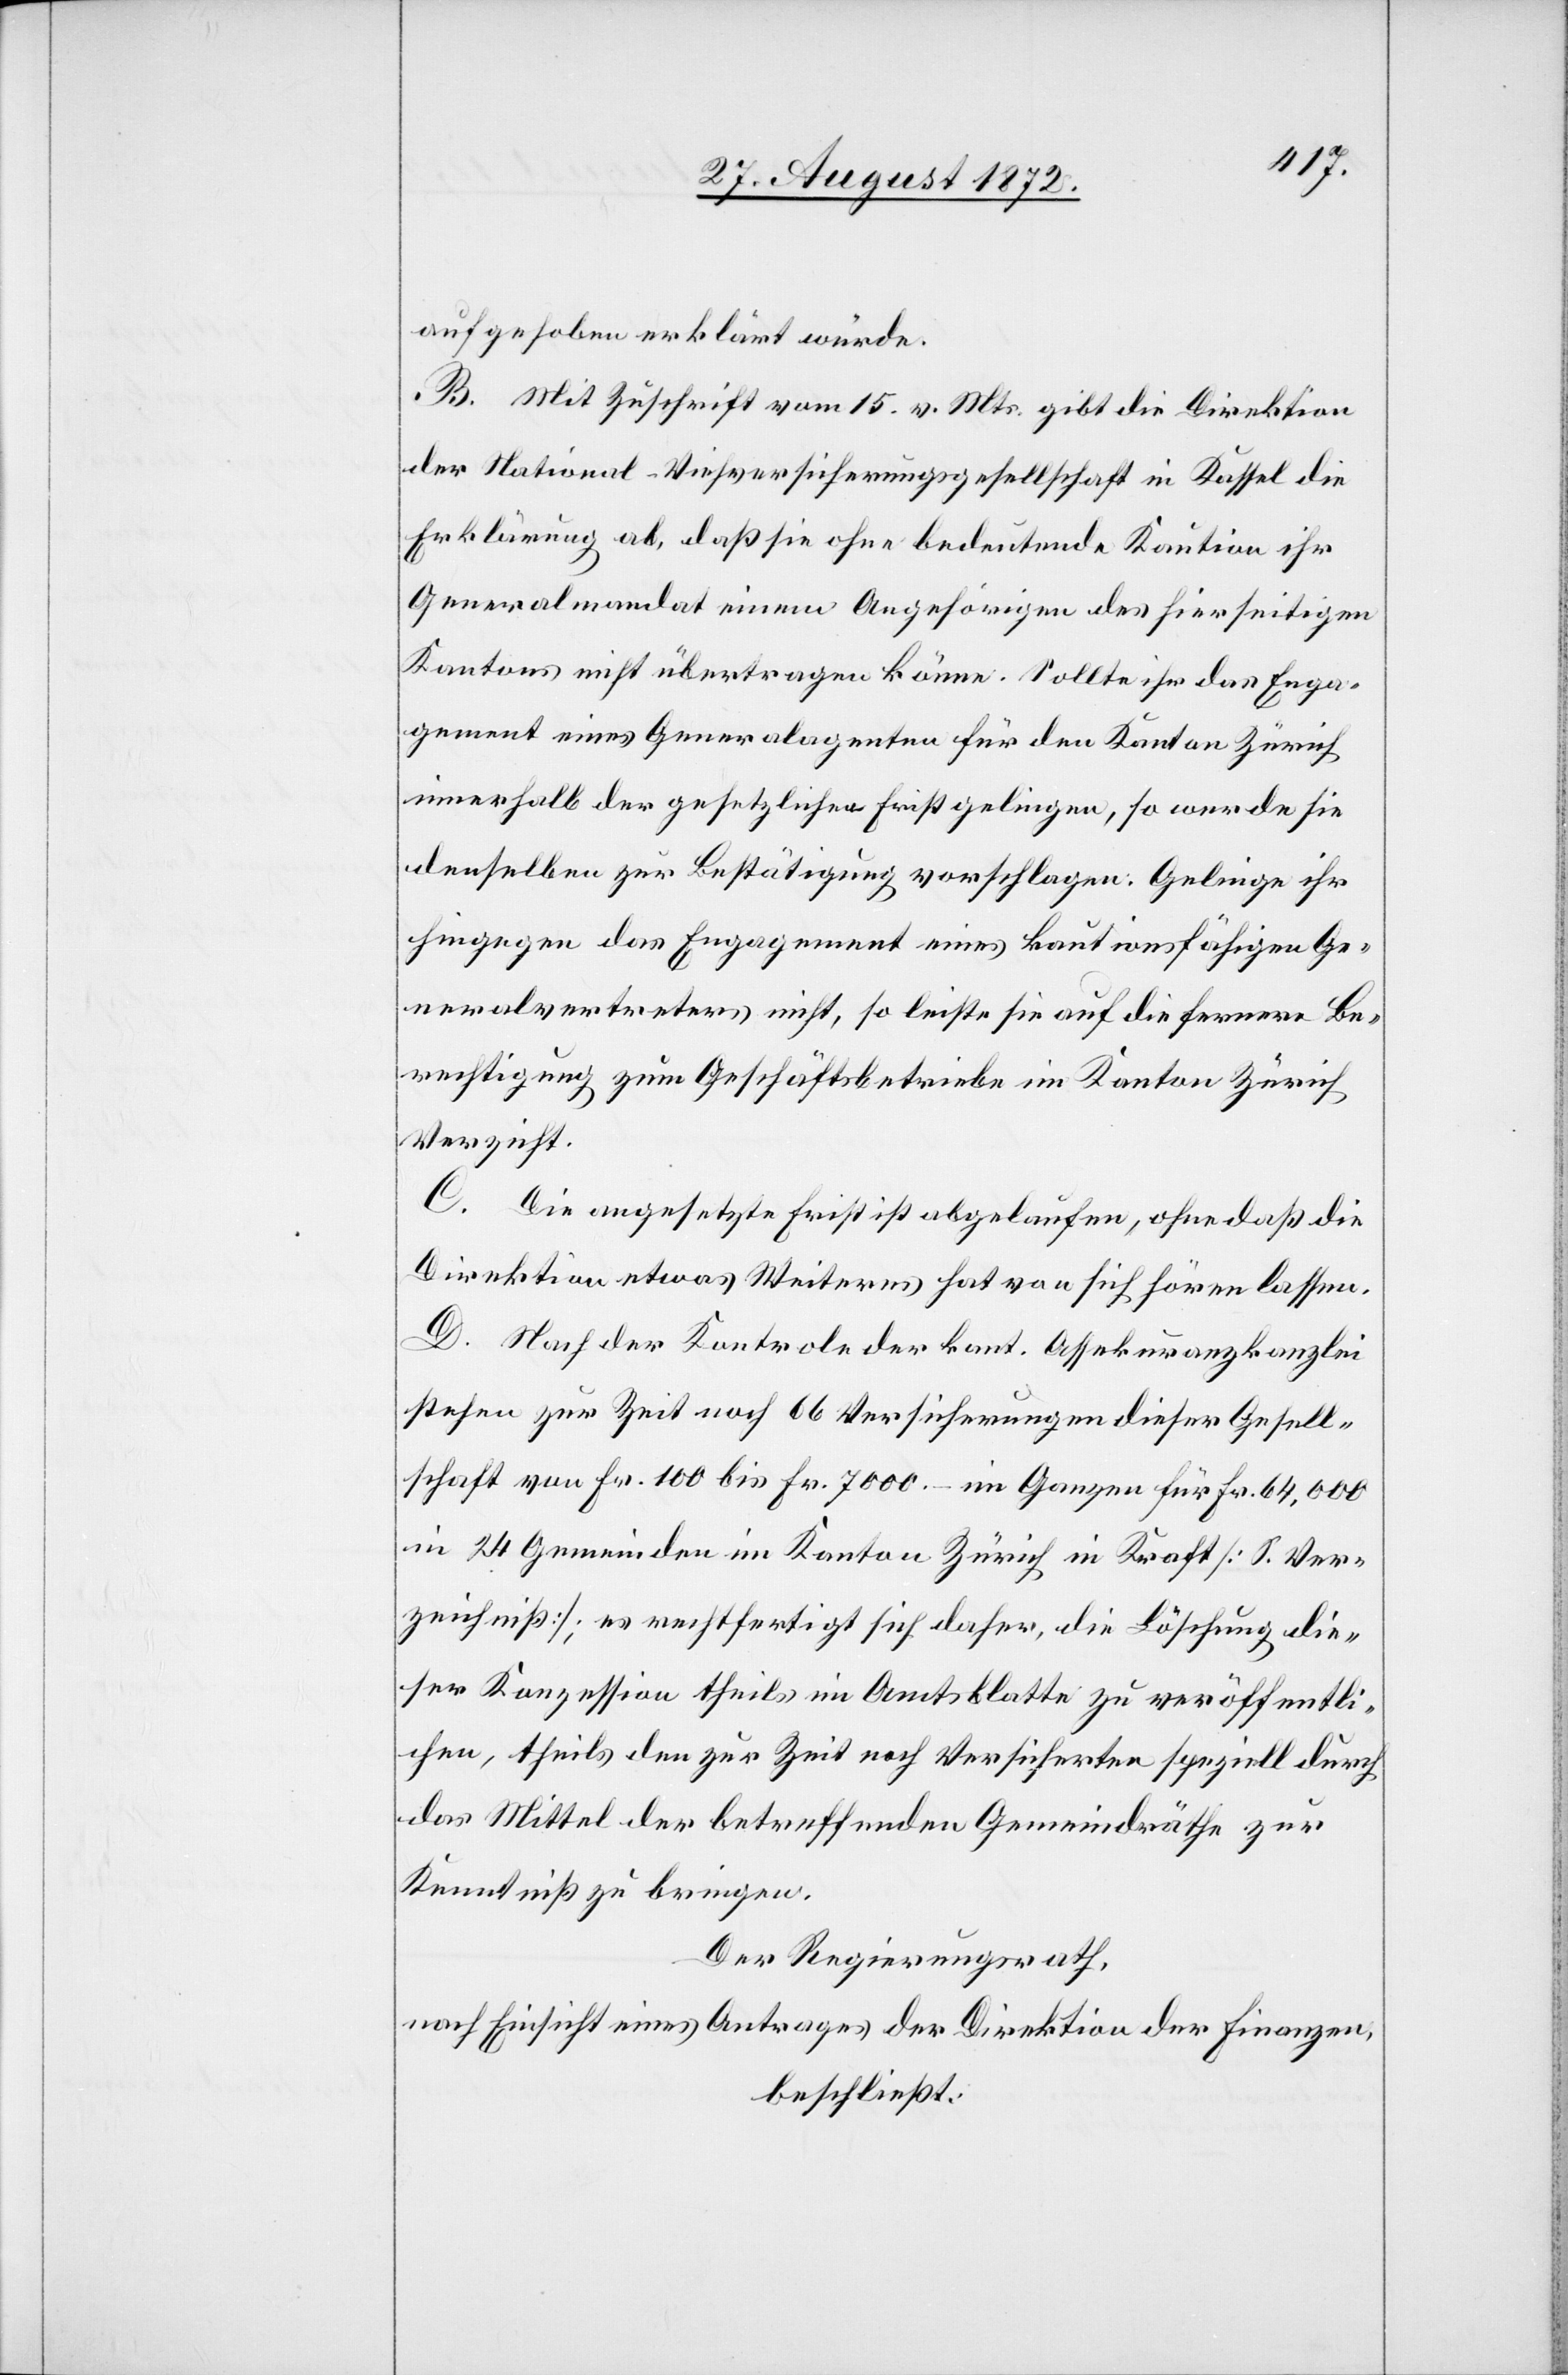
aufgehoben erklärt würde.
B. Mit Zuschrift vom 15. v. Mts. gibt die Direktion
der National-Viehversicherungsgesellschaft in Kassel die
Erklärung ab, daß sie ohne bedeutende Kaution ihr
Generalmandat einem Angehörigen des hierseitigen
Kantons nicht übertragen könne. Sollte ihr das Enga¬
gement eines Generalagenten für den Kanton Zürich
innerhalb der gesetzlichen Fristgelingen, so werde sie
denselben zur Bestätigung vorschlagen: Gelinge ihr
hingegen das Engagement eines kautionsfähigen Ge¬
neralvertreters nicht, so leiste sie auf die fernere Be¬
rechtigung zum Geschäftsbetriebe im Kanton Zürich
Verzicht.
C. Die angesetzte Frist ist abgelaufen, ohne daß die
Direktion etwas Weiteres hat von sich hören lassen.
D. Nach der Kontrole der kant. Assekuranzkanzlei
stehen zur Zeit noch 66 Versicherungen dieser Gesell¬
schaft von Fr. 100 bis Fr. 7000. – im Ganzen für Fr. 64,000
in 24 Gemeinden im Kanton Zürich in Kraft [S. Ver¬
zeichniß]; es rechtfertigt sich daher, die Löschung die¬
ser Konzession theils im Amtsblatte zu veröffentli¬
chen, theils den zur Zeit noch Versicherten speziell durch
das Mittel der betreffenden Gemeindräthe zur
Kenntniß zu bringen.
Der Regierungsrath,
nach Einsicht eines Antrages der Direktion der Finanzen,
beschließt: